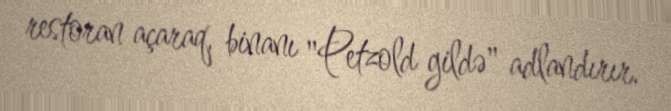
restoran açaraq, binanı "Petzold gildə" adlandırır.